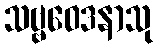
သဗ္ဗဝေဒနာသု